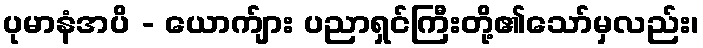
ပုမာနံအပိ - ယောက်ျား ပညာရှင်ကြီးတို့၏သော်မှလည်း၊